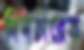
দিনচারেক